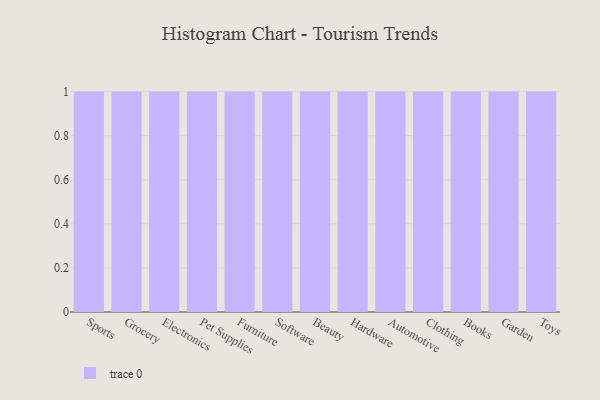
{"axis": {"x": "Category", "y": "Customer Acquisition Cost (USD)"}, "legend": [""], "data": [{"x": "Sports", "y": 37, "type": ""}, {"x": "Grocery", "y": 34, "type": ""}, {"x": "Electronics", "y": 33, "type": ""}, {"x": "Pet Supplies", "y": 94, "type": ""}, {"x": "Furniture", "y": 5, "type": ""}, {"x": "Software", "y": 18, "type": ""}, {"x": "Beauty", "y": 12, "type": ""}, {"x": "Hardware", "y": 70, "type": ""}, {"x": "Automotive", "y": 47, "type": ""}, {"x": "Clothing", "y": 1, "type": ""}, {"x": "Books", "y": 92, "type": ""}, {"x": "Garden", "y": 34, "type": ""}, {"x": "Toys", "y": 36, "type": ""}]}